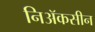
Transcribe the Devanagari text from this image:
निॲकसीन